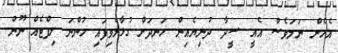
އެހެން ނަމަވެސް އެއީ ސީދާ ދުނިޔެއިން ހަނދަށް ގުޅާލެވިފައި ހުންނަ ލިފްޓެއް ނޫން